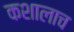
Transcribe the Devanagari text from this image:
कशालाच